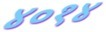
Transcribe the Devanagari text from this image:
४०१४